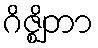
ဂိဇ္ဈိတာ